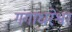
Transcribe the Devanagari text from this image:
गंगाधरेश्वर